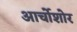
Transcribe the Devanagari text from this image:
आर्चोशोर